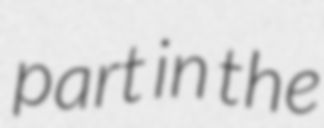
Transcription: part in the